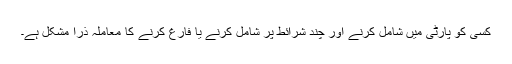
کسی کو پارٹی میں شامل کرنے اور چند شرائط پر شامل کرنے یا فارغ کرنے کا معاملہ ذرا مشکل ہے۔